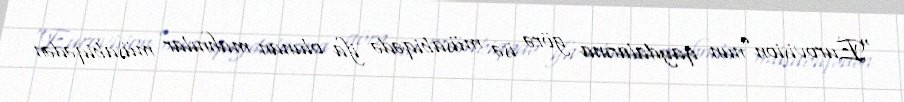
“Eurovision”nun qaydalarına görə isə müsabiqədə ifa olunan mahnılar müsabiqədən